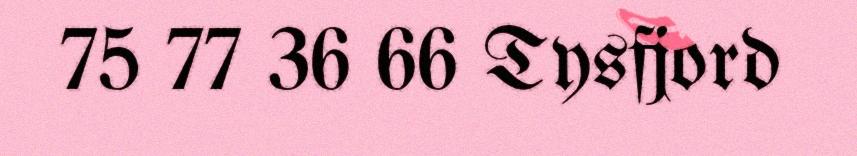
75 77 36 66 Tysfjord